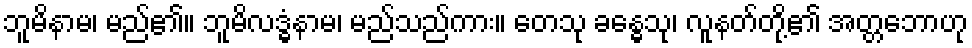
ဘူမိနာမ၊ မည်၏။ ဘူမိလဒ္ဓံနာမ၊ မည်သည်ကား။ တေသု ခန္ဓေသု၊ လူနတ်တို့၏ အတ္တဘောဟု